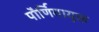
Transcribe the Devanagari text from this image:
पौर्णिमायुक्त